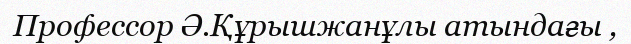
Профессор Ә.Құрышжанұлы атындағы ,